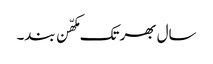
سال بھر تک مکھّن بند۔